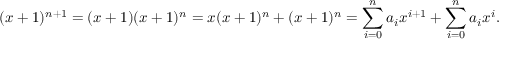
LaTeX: ( x + 1 ) ^ { n + 1 } = ( x + 1 ) ( x + 1 ) ^ { n } = x ( x + 1 ) ^ { n } + ( x + 1 ) ^ { n } = \sum _ { i = 0 } ^ { n } a _ { i } x ^ { i + 1 } + \sum _ { i = 0 } ^ { n } a _ { i } x ^ { i } .